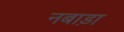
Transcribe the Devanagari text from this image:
नबाड़ा